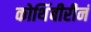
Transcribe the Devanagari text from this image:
कोथिंबीरीनं